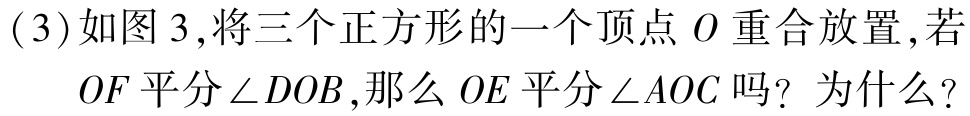
(3)如图3,将三个正方形的一个顶点\(O\)重合放置,若

\(OF\)平分\(\angle DOB\),那么\(OE\)平分\(\angle AOC\)吗？为什么？